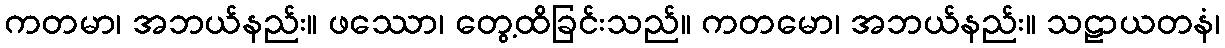
ကတမာ၊ အဘယ်နည်း။ ဖဿော၊ တွေ့ထိခြင်းသည်။ ကတမော၊ အဘယ်နည်း။ သဠာယတနံ၊